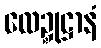
လေဍ္ဍုဋ္ဌာနံ